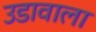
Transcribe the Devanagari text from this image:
उडावाला